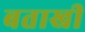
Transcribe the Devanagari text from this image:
बताखी